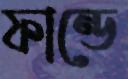
ফান্ডে